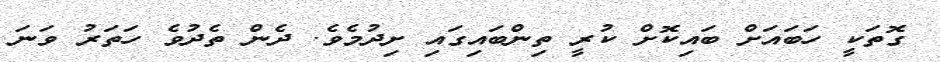
ގޮތަކީ ހަބައަށް ބައިކޮށް ކުރީ ތިންބައިގައި ށިދުމެވެ. ދެން ތެދުވެ ހަތަރު ވަނަ